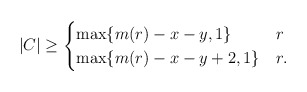
\begin{align*}|C|\geq \begin{cases}\max \{m(r)-x-y,1\} & r \\\max \{m(r)-x-y+2,1\} & r .\end{cases}\end{align*}